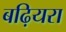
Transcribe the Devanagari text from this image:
बढ़ियरा